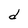
Character: d